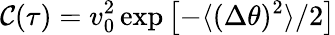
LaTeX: \mathcal{C}(\tau)=v_{0}^{2}\, \mathrm{{exp}}\left[-{\langle(\Delta\theta)^{2}\rangle/2}\right]